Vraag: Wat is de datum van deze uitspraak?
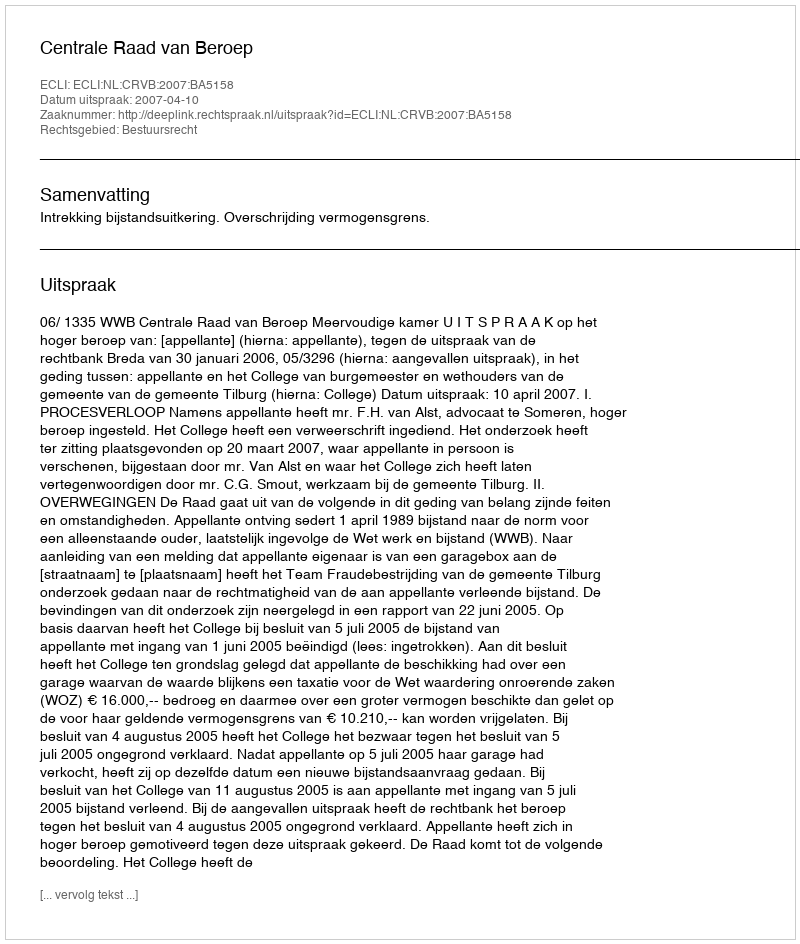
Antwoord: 2007-04-10